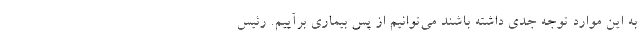
به این موارد توجه جدی داشته باشند می‌توانیم از پس بیماری برآییم. رئیس